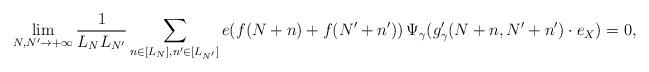
LaTeX: \begin{align*}\lim_{N, N'\to+\infty}\frac 1{L_N L_{N'}}\sum_{n \in [L_N], n'\in [L_{N'}]}e(f(N+n)+f(N'+n'))\, \Psi_\gamma(g_\gamma'(N+n,N'+n') \cdot e_X)=0,\end{align*}